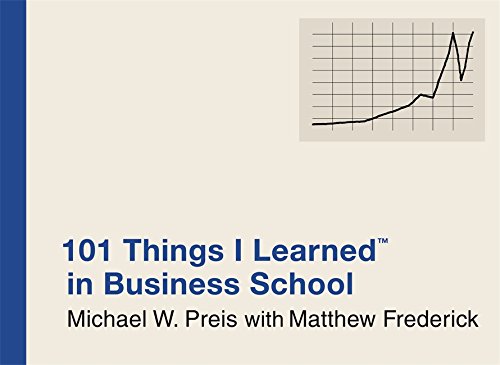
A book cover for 101 Things I Learned in Business School; Michael W. Preis; Business & Money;